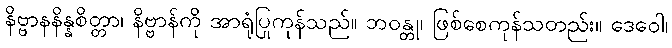
နိဗ္ဗာနနိန္နစိတ္တာ၊ နိဗ္ဗာန်ကို အာရုံပြုကုန်သည်။ ဘဝန္တု၊ ဖြစ်စေကုန်သတည်း။ ဒေဝေါ၊